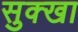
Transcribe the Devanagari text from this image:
सुक्खा